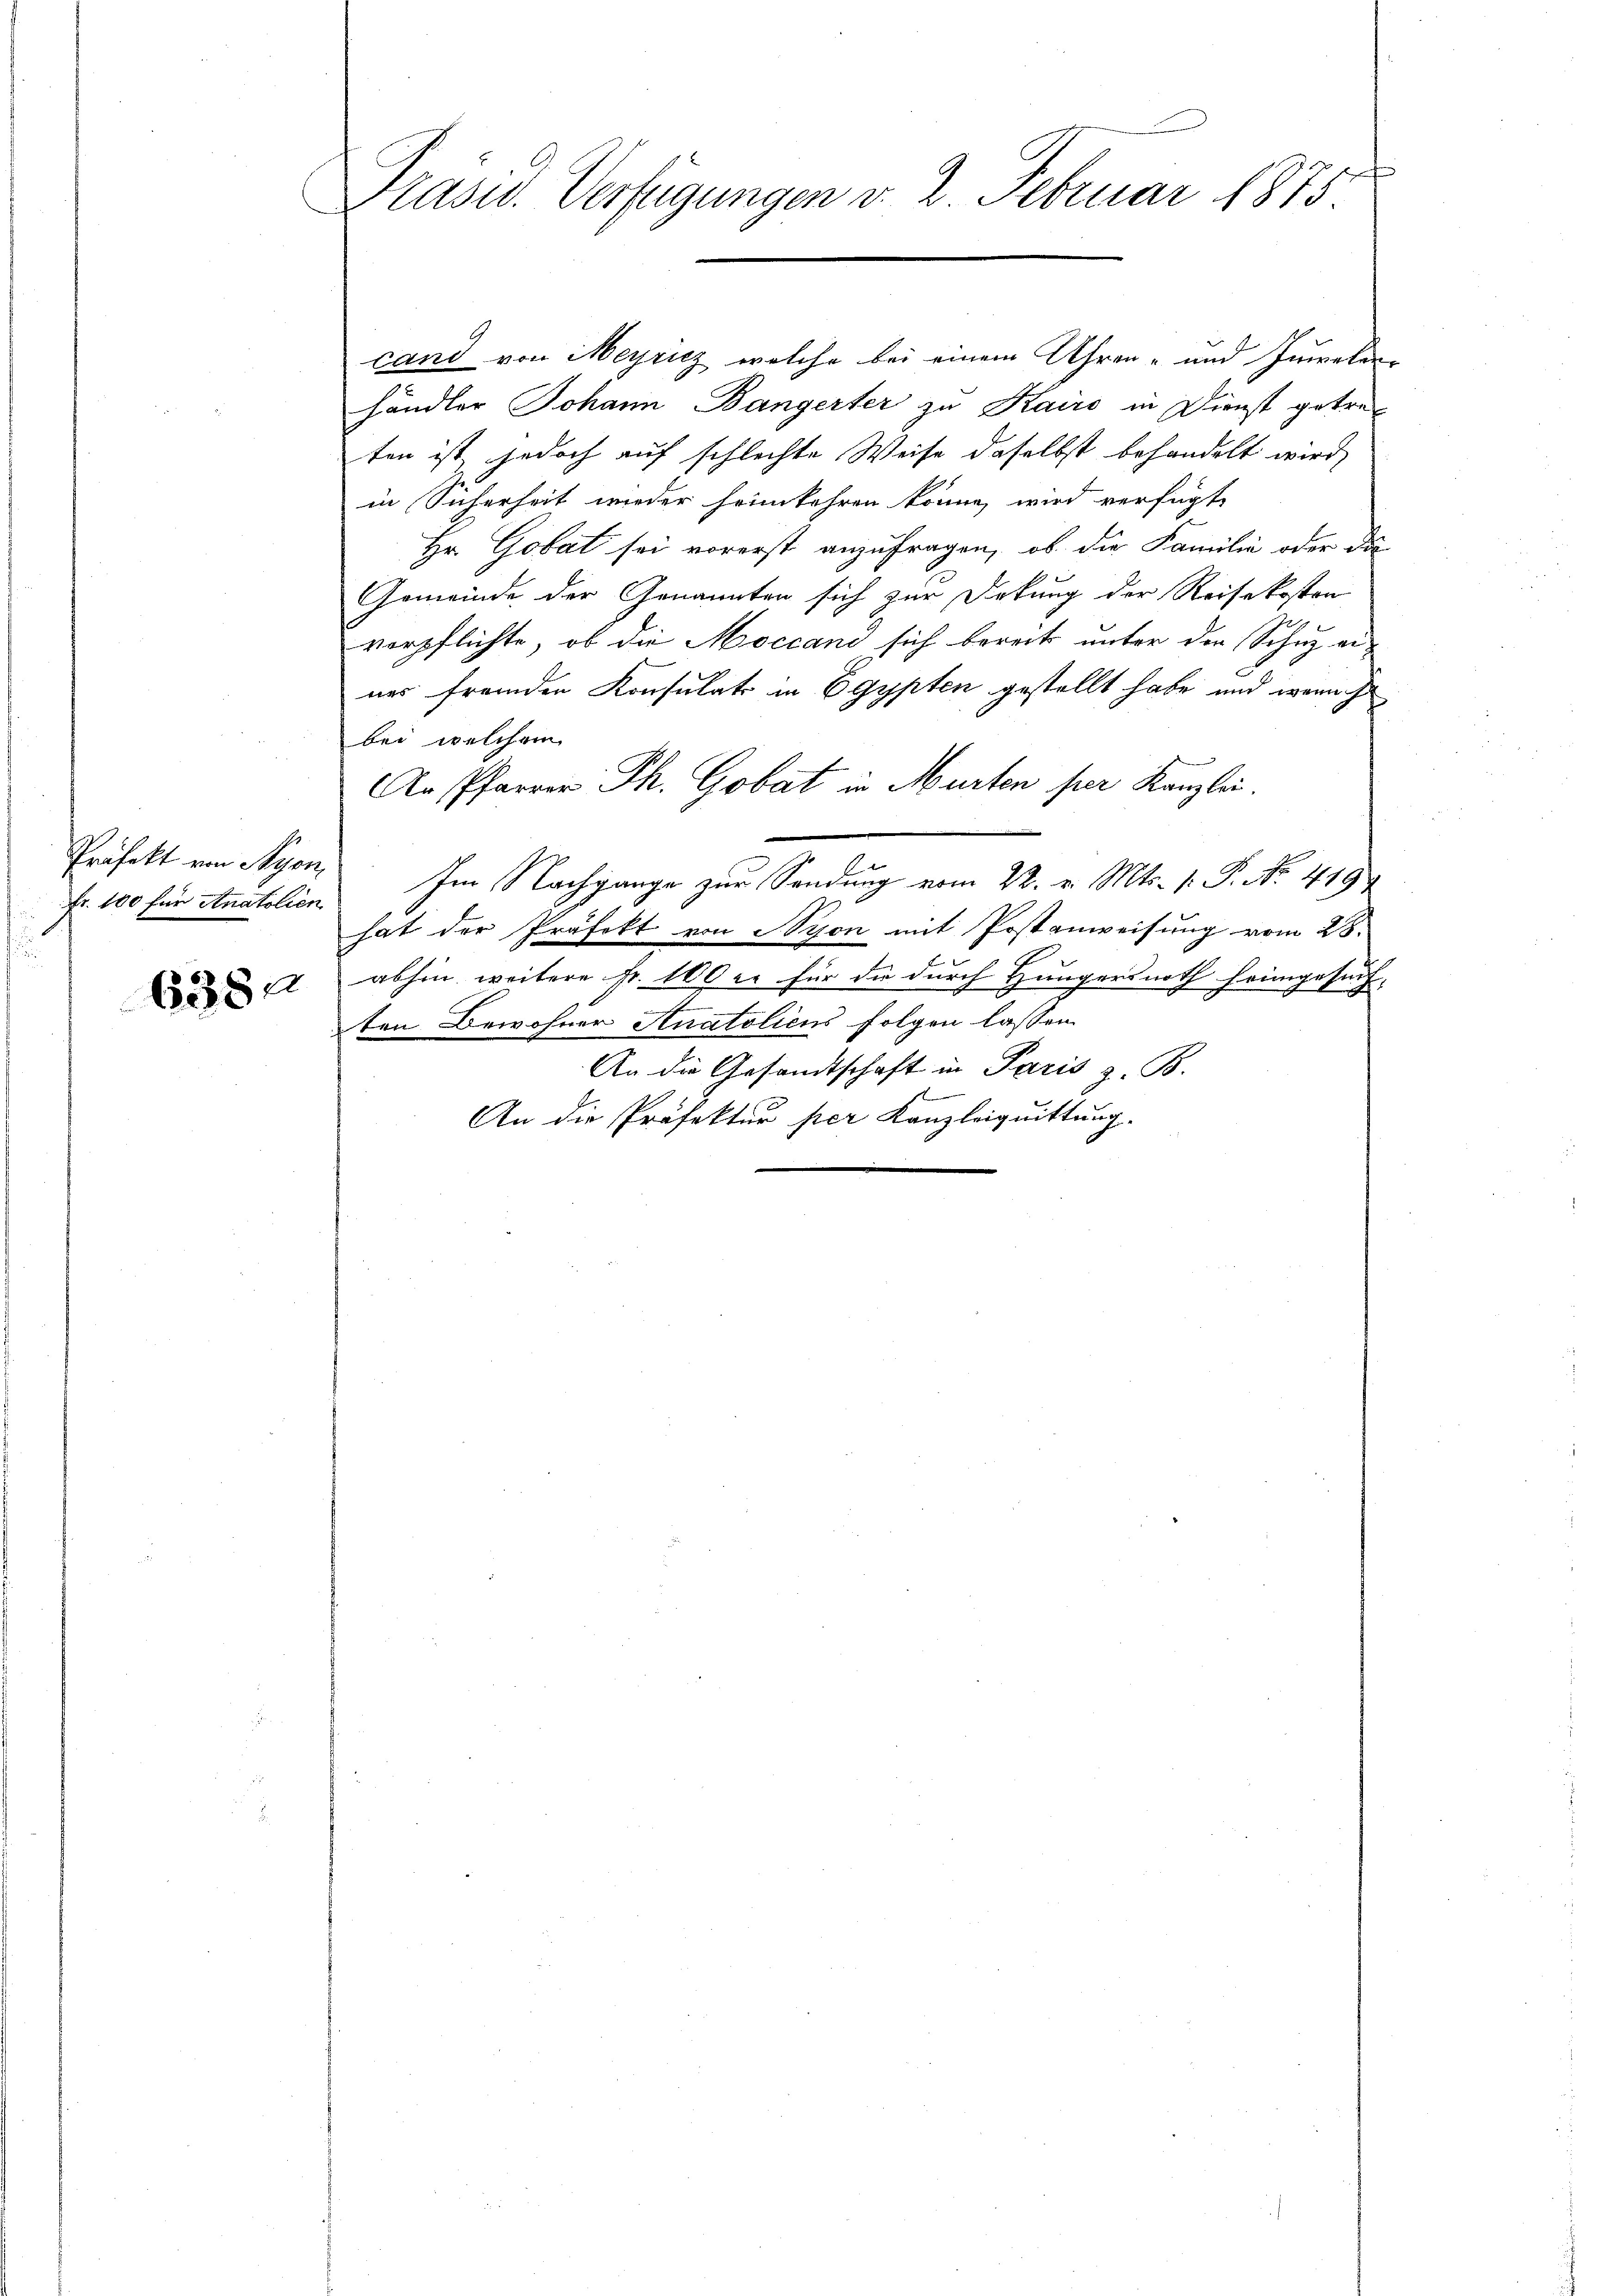
Fr. 100 für Anatolien

6382

Präsid. Verfügungen v. 2. Februar 1875.

cand von Meyricz welche bei einem Uhren- und Juwelen
händler Johann Bangerter zu Kairo in Dienst getre
ten ist, jedoch auf schlechte Weise daselbst behandelt wird,
in Sicherheit wieder heimkehren könne, wird verfügt
Hr. Gobat sei vorerst anzufragen, ob die Familie oder da
Gemeinde der Genannten sich zur Dekung der Reisekosten
verpflichte, ob die Moccand sich bereits unter den Schuz ernes fremden Konsulats in Egypten gestellt habe und weni
bei, welchem
An Pfarrer Ph. Gobat in Murten per Kanzlei.
Präfekt von Nyon. Im Nachgange zur Sendung vom 22. v. Mts. v. P. Nr. 449
hat der Präfekt von Nyon mit Postanweisung vom 28.
4
abhin weitere Fr. 100 er für die durch Hungersnoth feingesuch-
ten Bewohner Anatolicus folgen lassen.
An die Gesandtschaft in Paris z. B.
An die Präfektur per Kanzleiquittung.